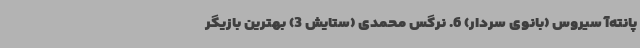
پانته‌آ سیروس (بانوی سردار) 6. نرگس محمدی (ستایش 3) بهترین بازیگر